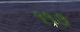
૧૧૭